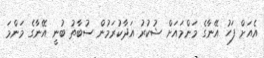
އެއަށް ފަހު އޭނާގެ މަންމައަށް ޝުކުރު އަދާކުރަމުން ސުބާތު ބުނީ އޭނާގެ މަންމަ